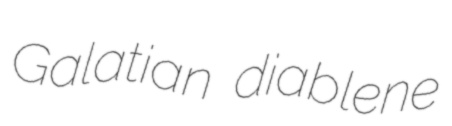
Galatian diablene